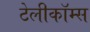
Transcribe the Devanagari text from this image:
टेलीकॉम्स